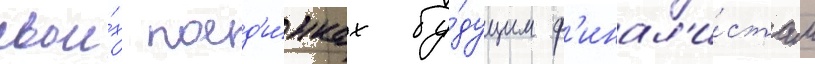
свои́х поед'и́нках бу́дущим ф'инал'и́стам